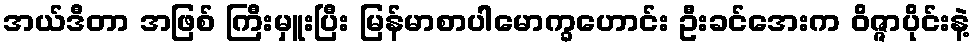
အယ်ဒီတာ အဖြစ် ကြီးမှူးပြီး မြန်မာစာပါမောက္ခဟောင်း ဦးခင်အေးက ဝိဇ္ဇာပိုင်းနဲ့